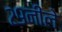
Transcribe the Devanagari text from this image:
२९नीले